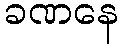
ခဏနေ